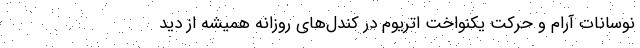
نوسانات آرام و حرکت یکنواخت اتریوم در کندل‌های روزانه همیشه از دید